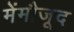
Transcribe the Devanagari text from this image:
मेंमौजूद